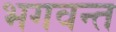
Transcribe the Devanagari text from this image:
भगवन्‍त